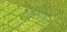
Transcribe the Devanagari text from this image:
हेक्सागोन